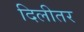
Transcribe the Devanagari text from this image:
दिलीतर